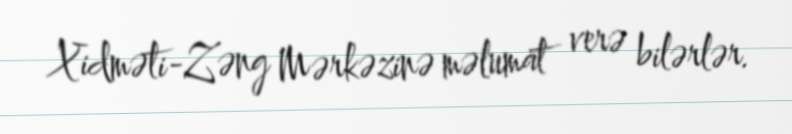
Xidməti-Zəng Mərkəzinə məlumat verə bilərlər.